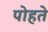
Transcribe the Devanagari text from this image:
पोहते